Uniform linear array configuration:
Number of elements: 32
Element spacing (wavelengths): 0.5
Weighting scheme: uniform
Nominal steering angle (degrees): -30
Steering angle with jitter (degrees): -28.441
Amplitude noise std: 0.05
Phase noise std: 0.05

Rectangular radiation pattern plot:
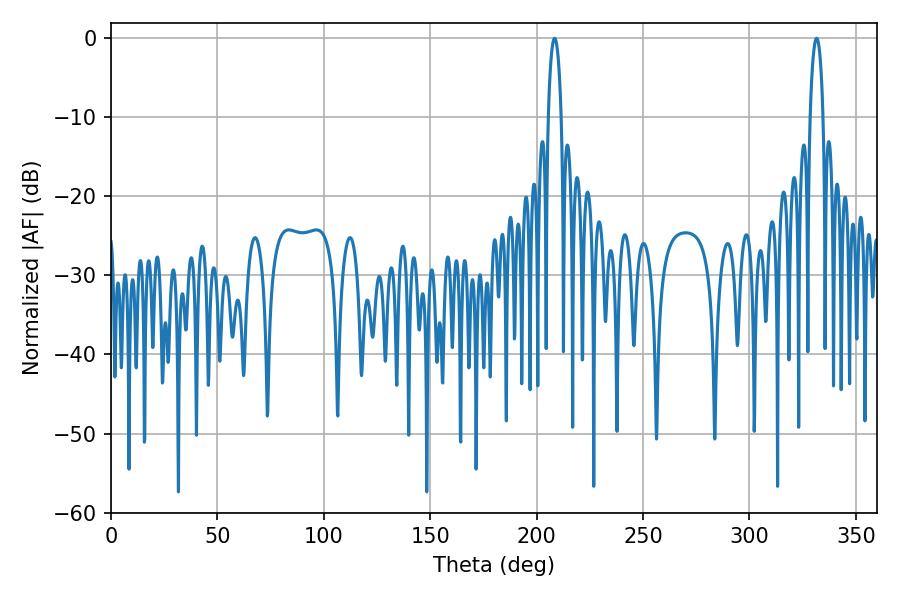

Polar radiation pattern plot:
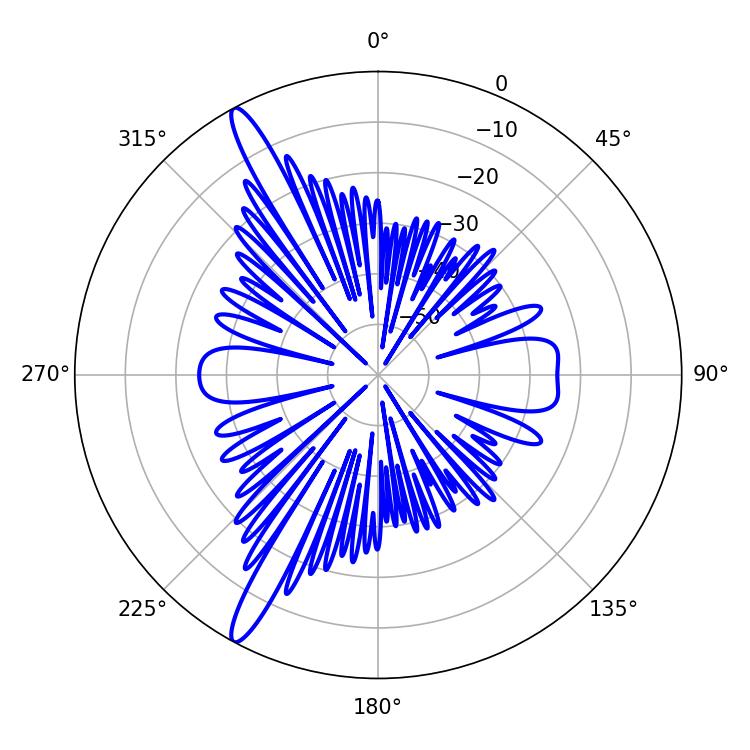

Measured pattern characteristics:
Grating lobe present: FALSE
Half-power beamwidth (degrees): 3.42
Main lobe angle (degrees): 208.44